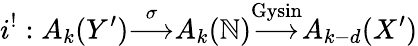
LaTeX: i^{!}:A_{k}(Y^{\prime}){\overset{\sigma}{\longrightarrow}}A_{k}(\mathbb{N}){\overset{\mathrm{{Gysin}}}{\longrightarrow}}A_{k-d}(X^{\prime})